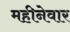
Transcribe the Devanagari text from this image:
महीनेवार